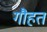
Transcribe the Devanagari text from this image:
गौहत